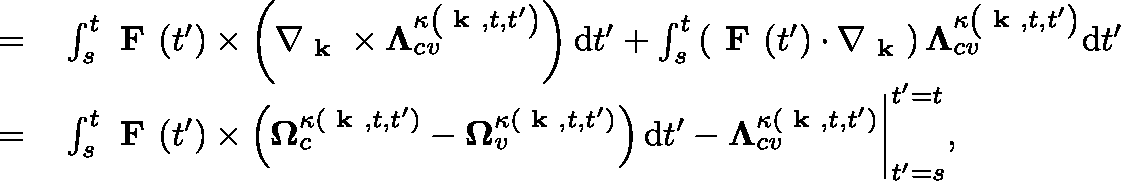
\begin{array} { r l } { = } & { { } \int _ { s } ^ { t } \textbf { F } ( t ^ { \prime } ) \times \left( \nabla _ { \textbf { k } } \times \mathbf { \Lambda } _ { c v } ^ { \kappa \left( \textbf { k } , t , t ^ { \prime } \right) } \right) \mathrm { d } t ^ { \prime } + \int _ { s } ^ { t } \left( \textbf { F } ( t ^ { \prime } ) \cdot \nabla _ { \textbf { k } } \right) \mathbf { \Lambda } _ { c v } ^ { \kappa \left( \textbf { k } , t , t ^ { \prime } \right) } \mathrm { d } t ^ { \prime } } \\ { = } & { { } \int _ { s } ^ { t } \textbf { F } ( t ^ { \prime } ) \times \left( \mathbf { \Omega } _ { c } ^ { \kappa ( \textbf { k } , t , t ^ { \prime } ) } - \mathbf { \Omega } _ { v } ^ { \kappa ( \textbf { k } , t , t ^ { \prime } ) } \right) \mathrm { d } t ^ { \prime } - \mathbf { \Lambda } _ { c v } ^ { \kappa ( \textbf { k } , t , t ^ { \prime } ) } \bigg | _ { t ^ { \prime } = s } ^ { t ^ { \prime } = t } , } \end{array}